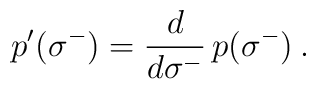
\:p'(\sigma^{-}) = \frac{d}{d\sigma^{-}}\,p(\sigma^{-})\:.